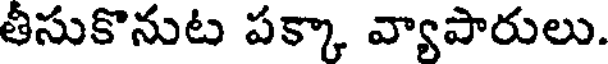
తీసుకొనుట పక్కా వ్యాపారులు.